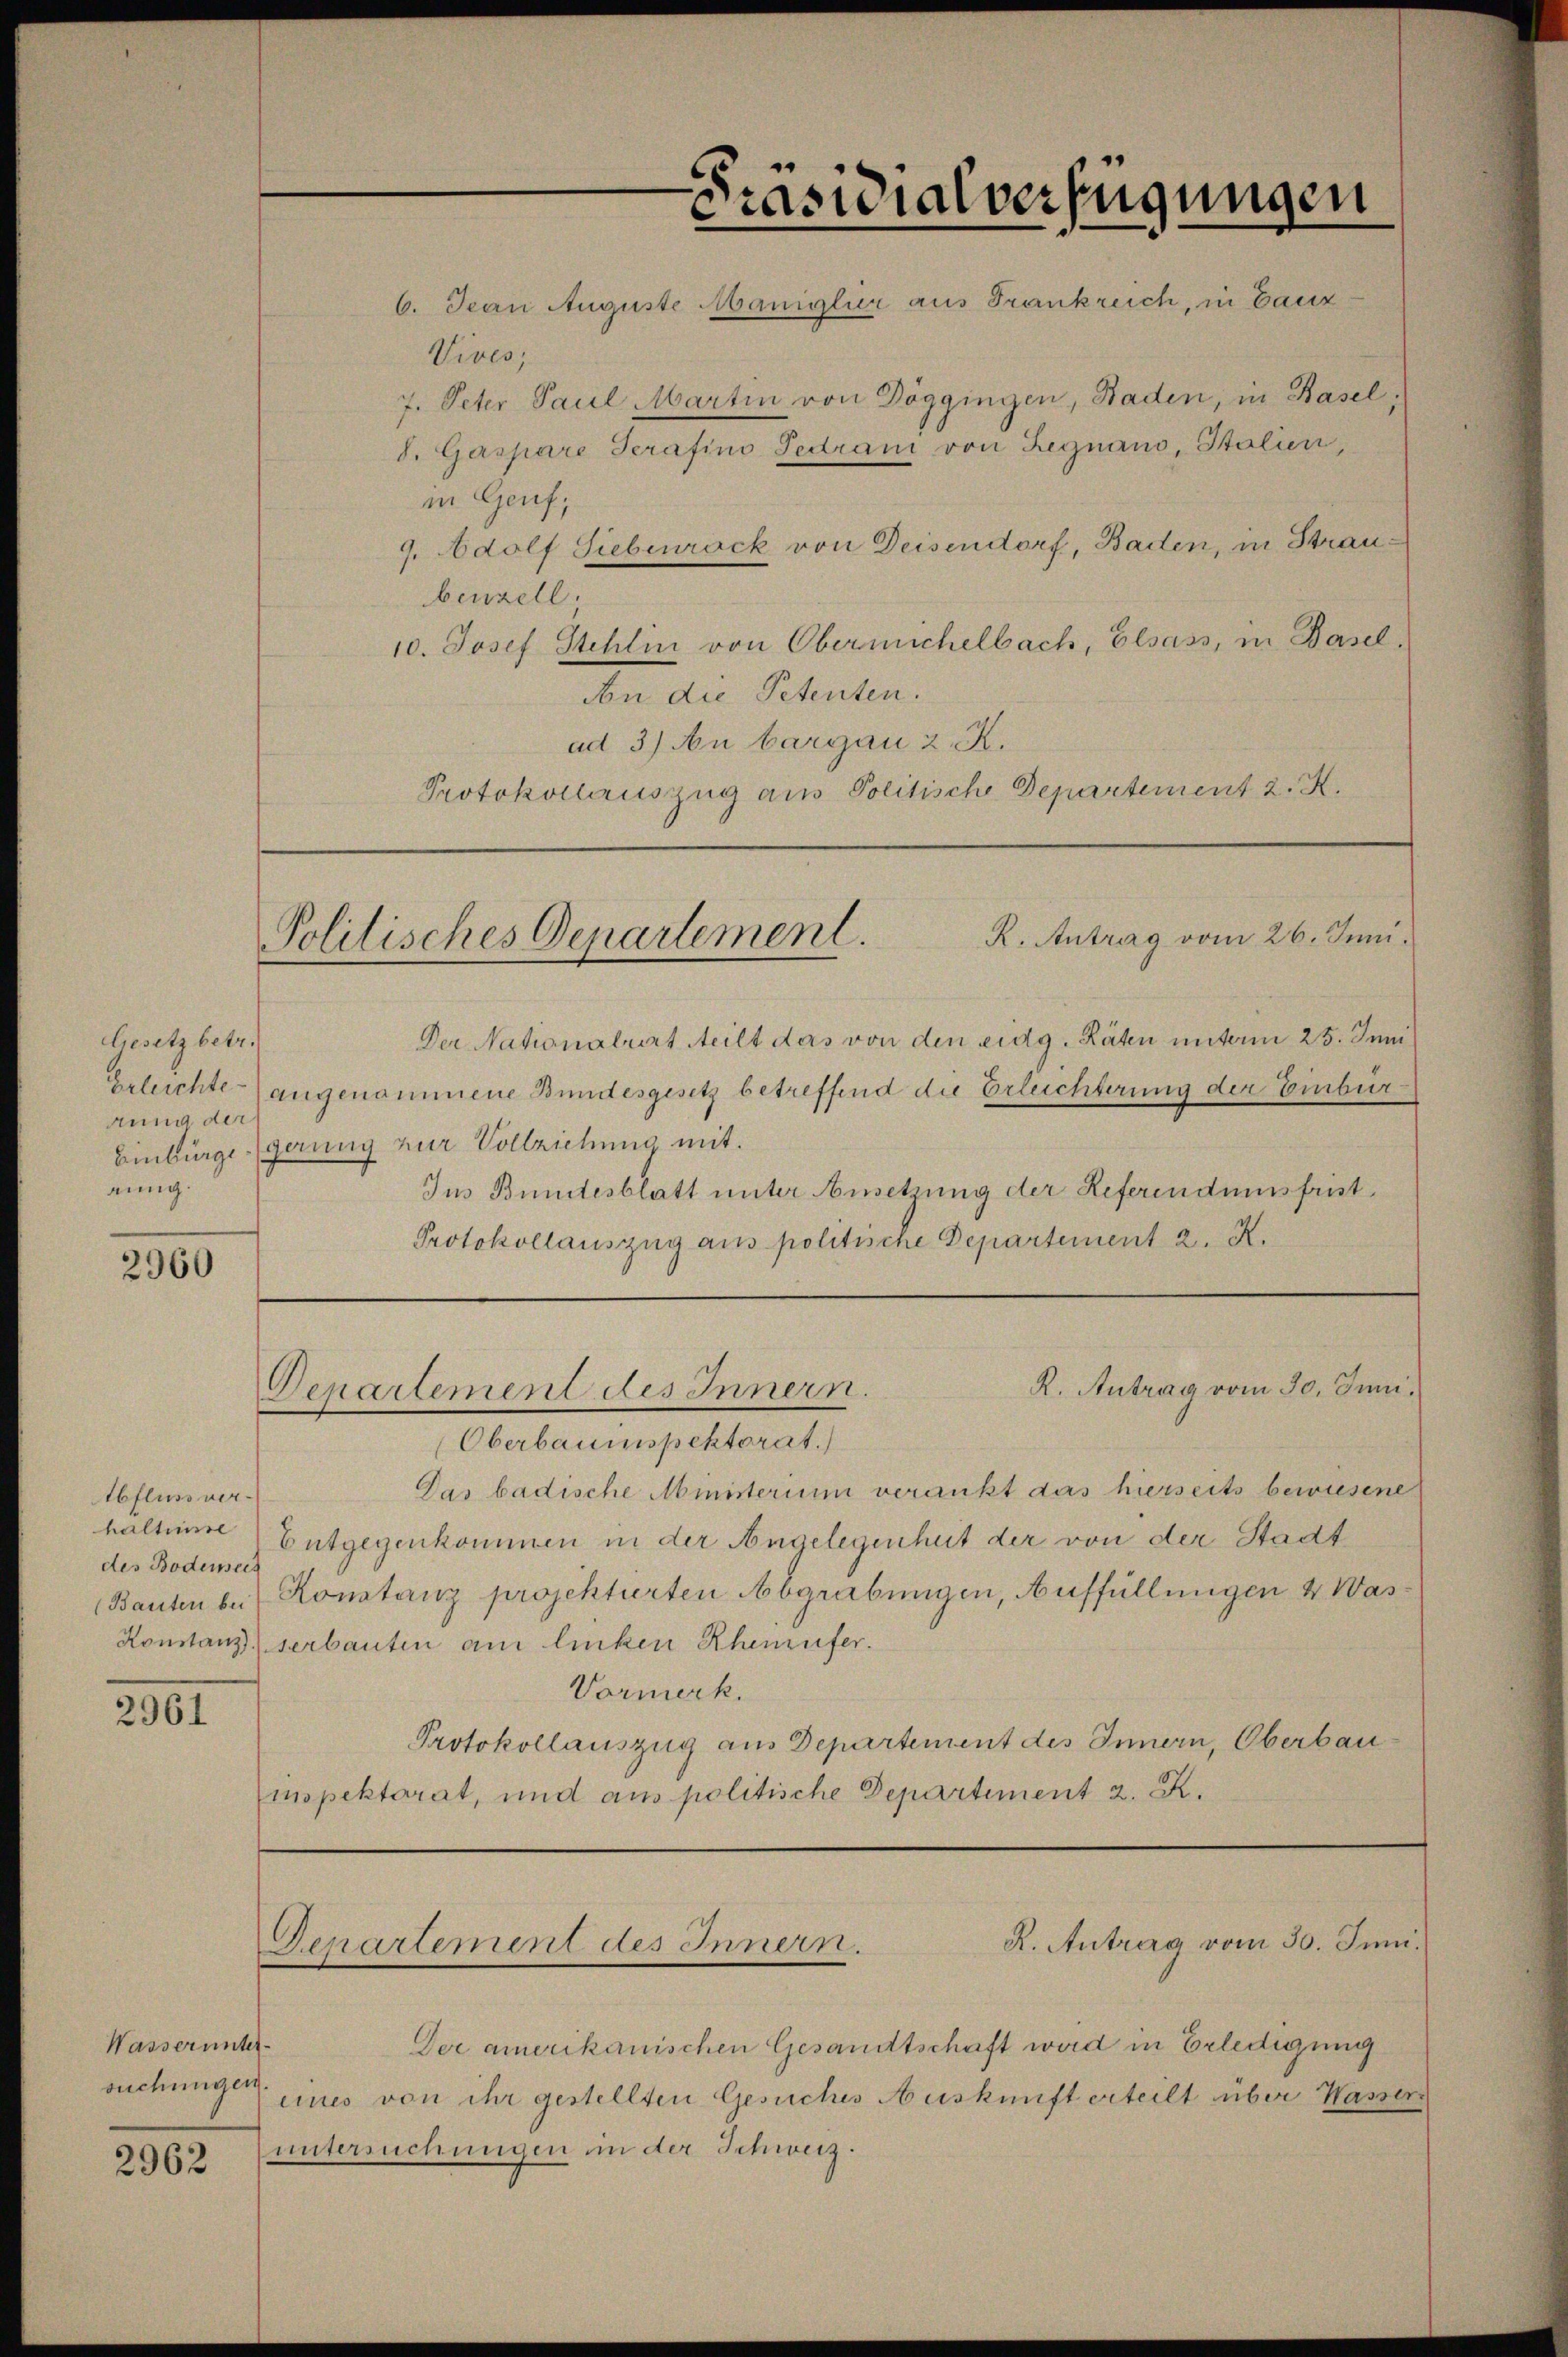
Gesetz betre
Erleichte
rung der
einig.

2960

Abfluss verhaltisse
des Bodenseit
(Bauten bei

2961

Wasserunter
suchungen.

2962

R. Antrag vom 26. Juni.
Politisches Departement.

Departement des Innern.

Vives;
in Genf,
9. Adolf Siebenrock von Deisendorf, Baden, in Straubenzell.
10. Josef Stehli von Obernichelbach, Elsass, in Basel,
An die Petenten.
ad 3) An bargau 2. K.
Protokollauszug aus Politische Departement 2. X.

-Präsidialverfügungen
6. Jean Auguste Maniglier aus Frankreich, in Gauz¬

7. Peter Paul Martin von Döggingen, Baden, in Basel,
S. Gaspare Serafino Pedrani von Begnano, Stalien,

Der Nationalrat teilt das von den eidg. Räten unterm 25. Juni
angenommene Bundesgesetz betreffend die Erleichterung der Einbür¬
Einbürge gerung zur Vollziehung mit
Ius Bündtesblatt unter Ansetzung der Referendumsfrist¬
Protokollauszug aus politische Departement 2. X.

Der amerikanischen Gesandtschaft wird in Erledigung
eines von ihr gestellten Gesuches Auskunft erteilt über Wasser
untersuchungen in der Schweiz.

R. Antrag vom 30. Juni.

R. Antrag vom 30. Juni.
Departement des Innern.

Oberbaumspektorat.)
Das badische Ministerium verankt das hierseits bewiesene
Entgegenkommen in der Angelegenheit der von der Stadt
Konstanz projektirten Abgrabungen, Auffüllungen 4 Was¬
Konstanz serbauten am linken Rhenufer.
Vormerk.
Protokollauszug aus Departement des Innern, Oberbau
inspektorat, und aus politische Departement 2. K.